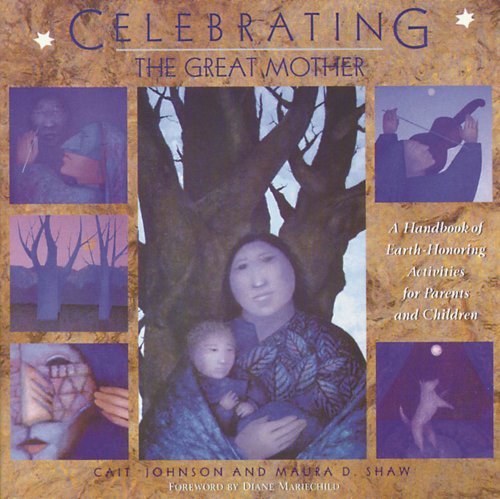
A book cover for Celebrating the Great Mother: A Handbook of Earth-Honoring Activities for Parents and Children; Cait Johnson; Religion & Spirituality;